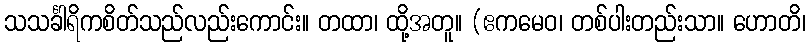
သသင်္ခါရိကစိတ်သည်လည်းကောင်း။ တထာ၊ ထို့အတူ။ (ဧကမေဝ၊ တစ်ပါးတည်းသာ။ ဟောတိ၊